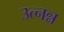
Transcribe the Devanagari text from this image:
उत्नन्न